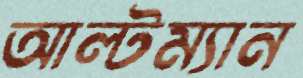
আল্টম্যান